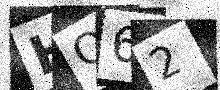
Text: HO62